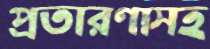
প্রতারণাসহ